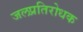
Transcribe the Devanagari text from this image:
जलप्रतिरोधक